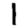
Digit: 1